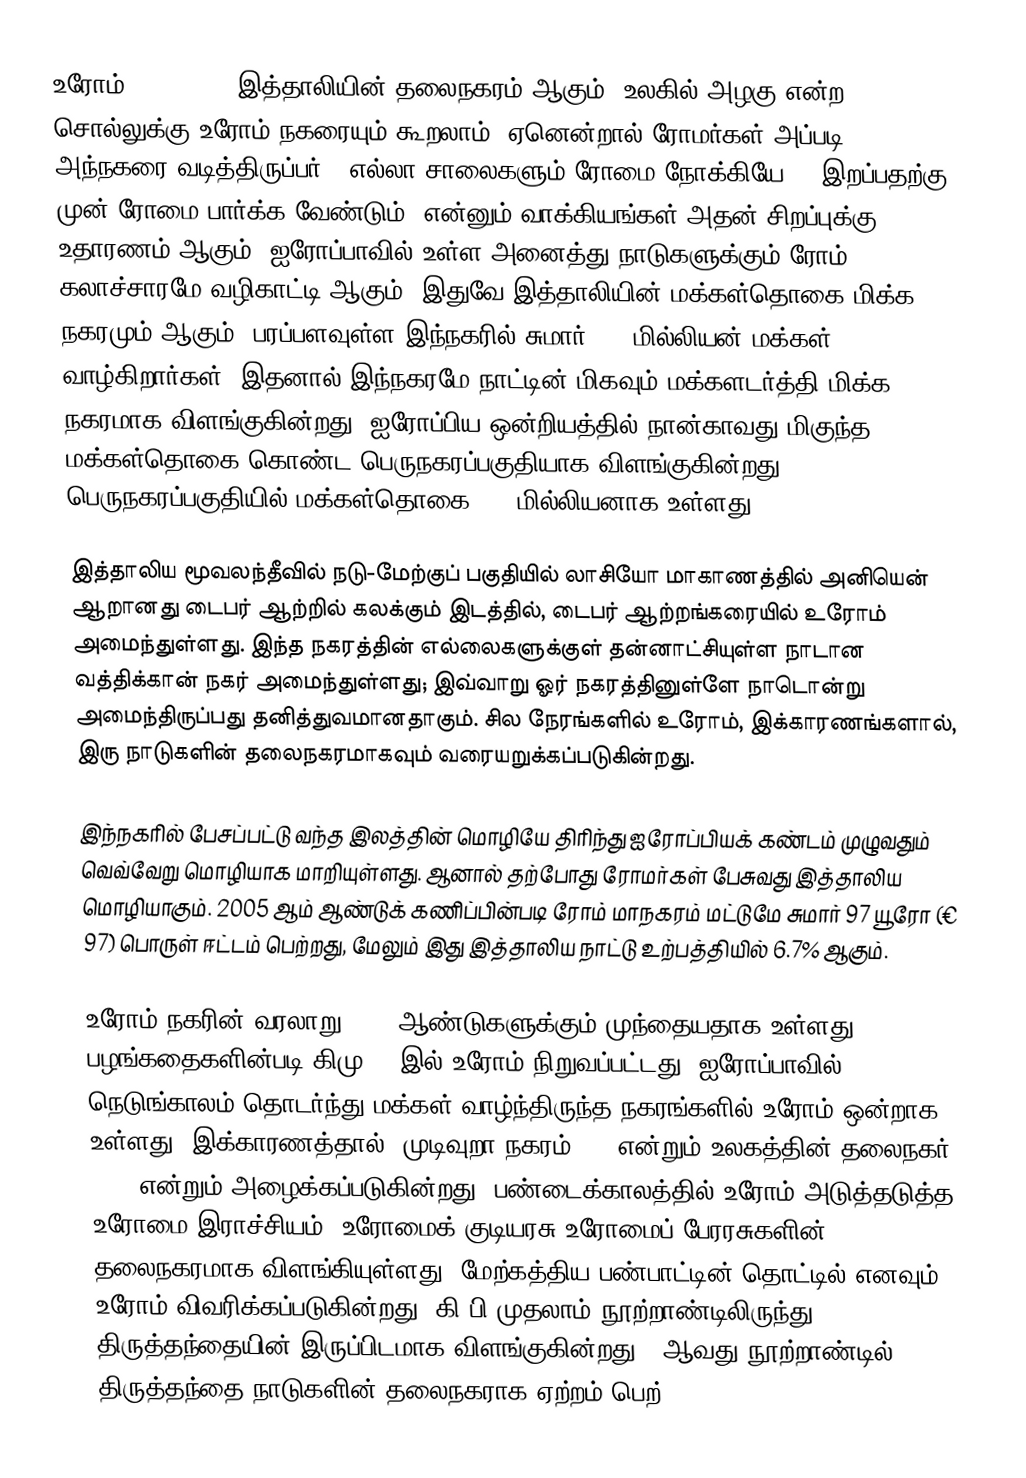
உரோம் (Rome, , ) இத்தாலியின் தலைநகரம் ஆகும். உலகில் அழகு என்ற சொல்லுக்கு உரோம் நகரையும் கூறலாம். ஏனென்றால் ரோமர்கள் அப்படி அந்நகரை வடித்திருப்பர். 'எல்லா சாலைகளும் ரோமை நோக்கியே', 'இறப்பதற்கு முன் ரோமை பார்க்க வேண்டும்' என்னும் வாக்கியங்கள் அதன் சிறப்புக்கு உதாரணம் ஆகும். ஐரோப்பாவில் உள்ள அனைத்து நாடுகளுக்கும் ரோம் கலாச்சாரமே வழிகாட்டி ஆகும். இதுவே இத்தாலியின் மக்கள்தொகை மிக்க நகரமும் ஆகும்.  பரப்பளவுள்ள இந்நகரில் சுமார் 2.8 மில்லியன் மக்கள் வாழ்கிறார்கள். இதனால் இந்நகரமே நாட்டின் மிகவும் மக்களடர்த்தி மிக்க நகரமாக விளங்குகின்றது. ஐரோப்பிய ஒன்றியத்தில் நான்காவது மிகுந்த மக்கள்தொகை கொண்ட பெருநகரப்பகுதியாக விளங்குகின்றது.  பெருநகரப்பகுதியில் மக்கள்தொகை 3.8 மில்லியனாக உள்ளது.

இத்தாலிய மூவலந்தீவில் நடு-மேற்குப் பகுதியில் லாசியோ மாகாணத்தில் அனியென் ஆறானது டைபர் ஆற்றில் கலக்கும் இடத்தில், டைபர் ஆற்றங்கரையில் உரோம் அமைந்துள்ளது. இந்த நகரத்தின் எல்லைகளுக்குள் தன்னாட்சியுள்ள நாடான வத்திக்கான் நகர் அமைந்துள்ளது; இவ்வாறு ஓர் நகரத்தினுள்ளே நாடொன்று அமைந்திருப்பது தனித்துவமானதாகும். சில நேரங்களில் உரோம், இக்காரணங்களால்,  இரு நாடுகளின்  தலைநகரமாகவும் வரையறுக்கப்படுகின்றது.

இந்நகரில் பேசப்பட்டு வந்த இலத்தின் மொழியே திரிந்து ஐரோப்பியக் கண்டம் முழுவதும் வெவ்வேறு மொழியாக மாறியுள்ளது. ஆனால் தற்போது ரோமர்கள் பேசுவது இத்தாலிய மொழியாகும்.  2005 ஆம் ஆண்டுக் கணிப்பின்படி ரோம் மாநகரம் மட்டுமே சுமார் 97 யூரோ (€ 97) பொருள் ஈட்டம் பெற்றது, மேலும் இது இத்தாலிய நாட்டு உற்பத்தியில் 6.7% ஆகும்.

உரோம் நகரின் வரலாறு 2500 ஆண்டுகளுக்கும் முந்தையதாக உள்ளது; பழங்கதைகளின்படி கிமு 753இல் உரோம் நிறுவப்பட்டது. ஐரோப்பாவில் நெடுங்காலம் தொடர்ந்து மக்கள் வாழ்ந்திருந்த நகரங்களில் உரோம் ஒன்றாக உள்ளது. இக்காரணத்தால் "முடிவுறா நகரம்" ()  என்றும் உலகத்தின் தலைநகர் "()" என்றும் அழைக்கப்படுகின்றது. பண்டைக்காலத்தில் உரோம் அடுத்தடுத்த  உரோமை இராச்சியம்,  உரோமைக் குடியரசு உரோமைப் பேரரசுகளின் தலைநகரமாக விளங்கியுள்ளது. மேற்கத்திய பண்பாட்டின் தொட்டில் எனவும் உரோம் விவரிக்கப்படுகின்றது. கி.பி முதலாம் நூற்றாண்டிலிருந்து திருத்தந்தையின் இருப்பிடமாக விளங்குகின்றது. 8ஆவது நூற்றாண்டில் திருத்தந்தை நாடுகளின் தலைநகராக ஏற்றம் பெற்